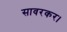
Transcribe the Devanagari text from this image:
सावरकर।